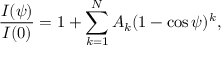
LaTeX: { \frac { I ( \psi ) } { I ( 0 ) } } = 1 + \sum _ { k = 1 } ^ { N } A _ { k } ( 1 - \cos \psi ) ^ { k } ,